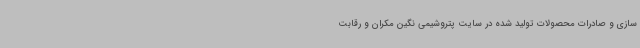
سازی و صادرات محصولات تولید شده در سایت پتروشیمی نگین مکران و رقابت